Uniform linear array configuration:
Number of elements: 16
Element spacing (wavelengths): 1
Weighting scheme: binomial
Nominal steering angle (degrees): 45
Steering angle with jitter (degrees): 43.637
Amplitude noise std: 0.05
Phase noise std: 0.05

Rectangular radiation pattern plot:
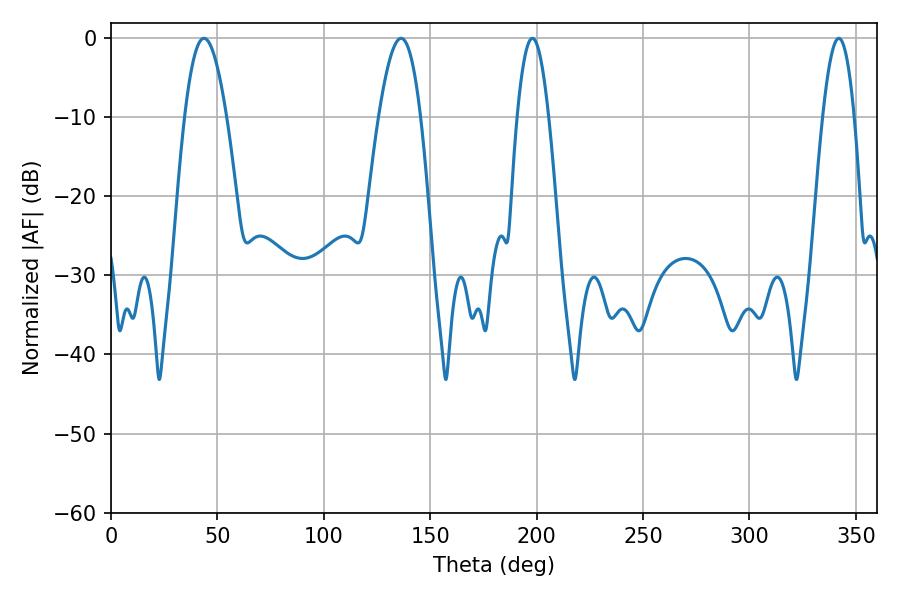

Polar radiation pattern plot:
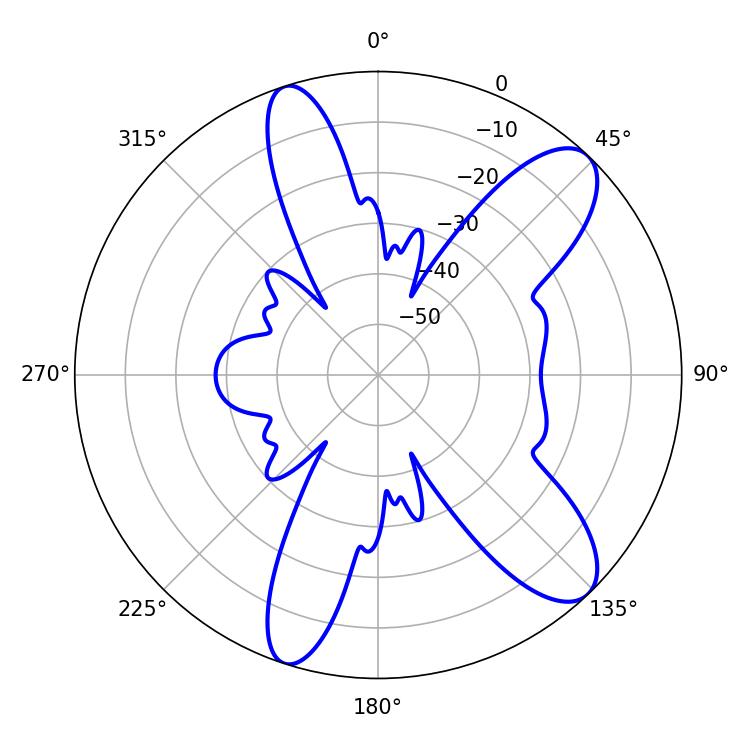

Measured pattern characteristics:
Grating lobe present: TRUE
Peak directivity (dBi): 10.287
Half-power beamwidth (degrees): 8.1
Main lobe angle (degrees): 198